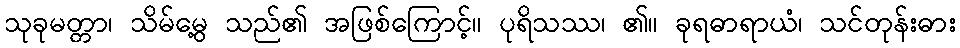
သုခုမတ္တာ၊ သိမ်မွေ့ သည်၏ အဖြစ်ကြောင့်။ ပုရိသဿ၊ ၏။ ခုရဓာရာယံ၊ သင်တုန်းဓား